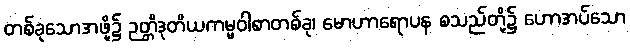
တစ်ခုသောအဖို့၌ ဉတ္တိဒုတိယကမ္မဝါစာတစ်ခု၊ မောဟာရောပန စသည်တို့၌ ဟောအပ်သော